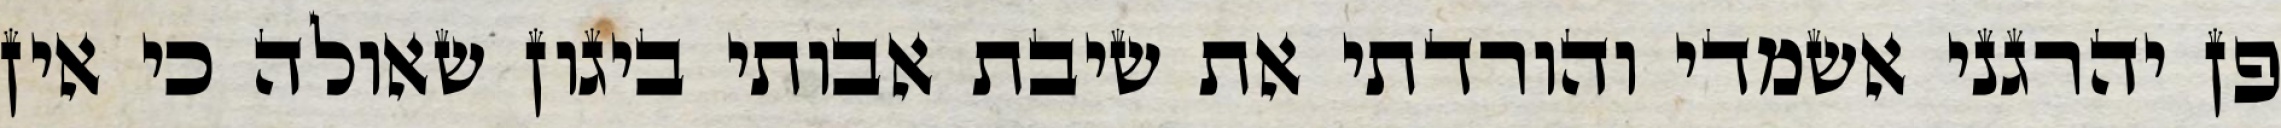
פן יהרגני אשמדי והורדתי את שיבת אבותי ביגון שאולה כי אין